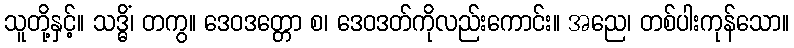
သူတို့နှင့်။ သဒ္ဓိံ၊ တကွ။ ဒေဝဒတ္တော စ၊ ဒေဝဒတ်ကိုလည်းကောင်း။ အညေ၊ တစ်ပါးကုန်သော။